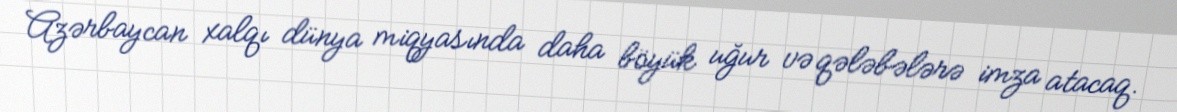
Azərbaycan xalqı dünya miqyasında daha böyük uğur və qələbələrə imza atacaq.